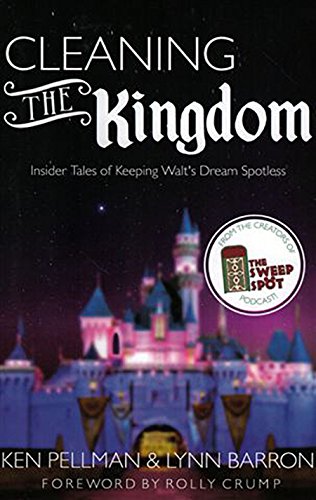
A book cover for Cleaning The Kingdom: Insider Tales of Keeping Walt's Dream Spotless; Lynn Barron; Travel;